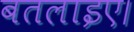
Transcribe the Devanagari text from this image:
बतलाइए।